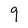
Character: 9